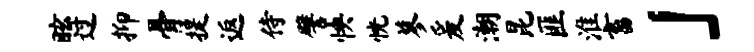
眩过抑骨提返侍譬怏恍蓼爰潮昆匪淮畜」